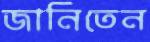
জানিতেন